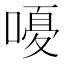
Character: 𫫫